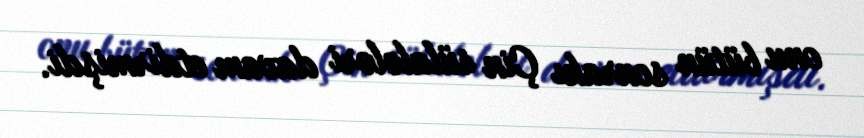
onu bütün sonrakı Çin sülalələri davam etdirmişdi.